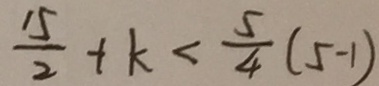
\frac { 1 5 } { 2 } + k < \frac { 5 } { 4 } ( 5 - 1 )